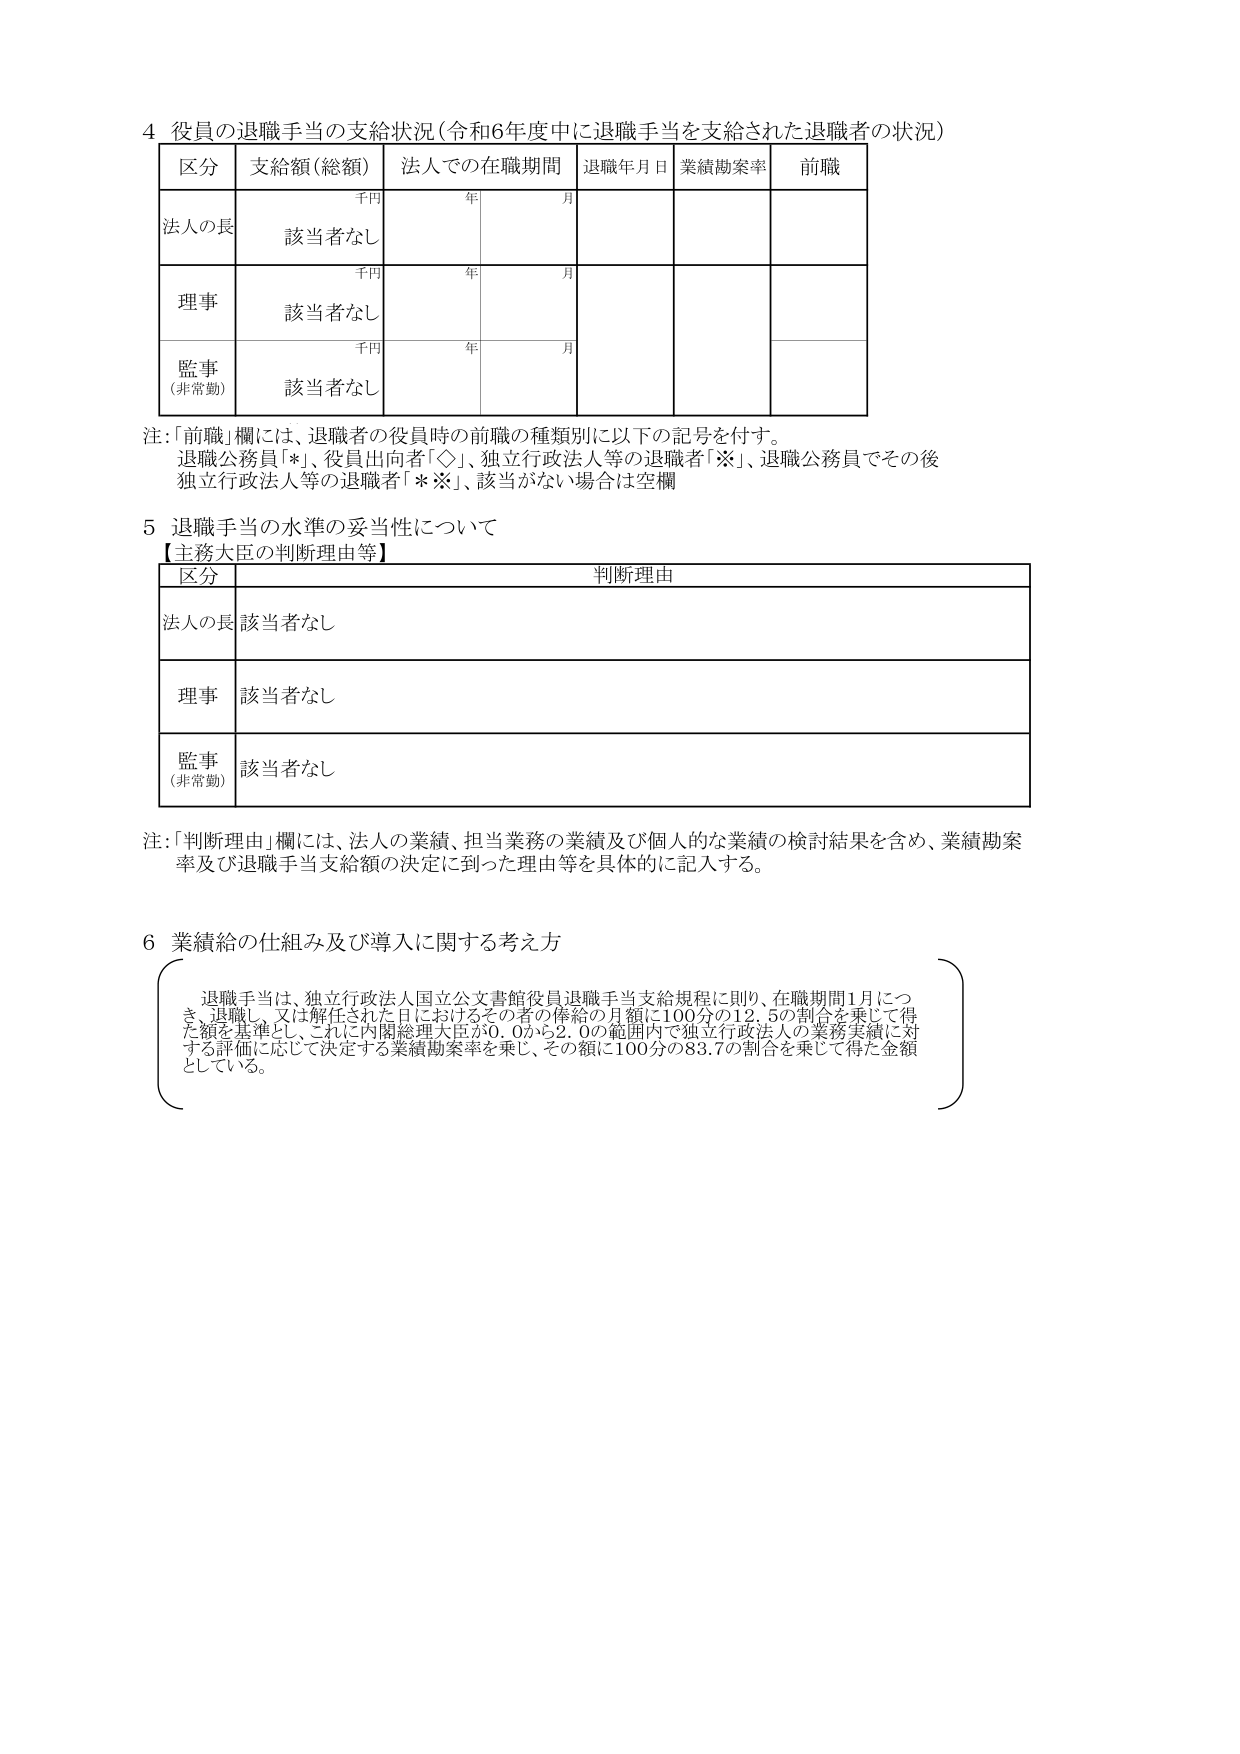
4 役員の退職手当の支給状況（令和6年度中に退職手当を支給された退職者の状況）

区分 支給額（総額） 法人での在職期間 退職年月日 業績勘案率 前職
千円 年 月
法人の長 該当者なし
千円 年 月
理事 該当者なし
千円 年 月
監事 （非常勤） 該当者なし

注：「前職」欄には、退職者の役員時の前職の種類別に以下の記号を付す。
退職公務員「*」、役員出向者「◇」、独立行政法人等の退職者「※」、退職公務員でその後独立行政法人等の退職者「*※」、該当がない場合は空欄

5 退職手当の水準の妥当性について
【主務大臣の判断理由等】

区分 判断理由
法人の長 該当者なし
理事 該当者なし
監事 （非常勤） 該当者なし

注：「判断理由」欄には、法人の業績、担当業務の業績及び個人的な業績の検討結果を含め、業績勘案率及び退職手当支給額の決定に至った理由等を具体的に記入する。

6 業績給の仕組み及び導入に関する考え方

退職手当は、独立行政法人国立公文書館役員退職手当支給規程に則り、在職期間1月につき、退職し、又は解任された日におけるその者の俸給の月額に100分の12.5の割合を乗じて得た額を基準とし、これに内閣総理大臣が0.0から2.0の範囲内で独立行政法人の業務実績に対する評価に応じて決定する業績勘案率を乗じ、その額に100分の83.7の割合を乗じて得た金額としている。